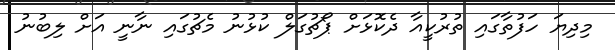
މިދިޔަ ހަފުތާގައި ތުރުކީއާ ދެކޮޅަށް ޕޯޗުގަލް ކުޅުނު މެޗުގައި ނާނީ އަށް ލިބުނު